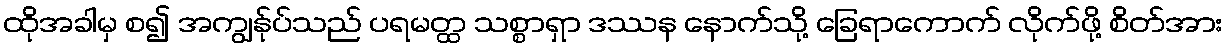
ထိုအခါမှ စ၍ အကျွန်ုပ်သည် ပရမတ္ထ သစ္စာရှာ ဒဿန နောက်သို့ ခြေရာကောက် လိုက်ဖို့ စိတ်အား